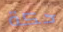
حكة